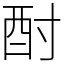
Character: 酎